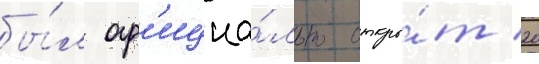
бы́л оф'ициа́льно откры́т 20